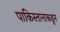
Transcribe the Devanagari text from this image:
पाकिस्तानाकडून